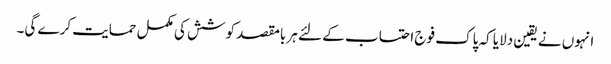
انہوں نے یقین دلایا کہ پاک فوج احتساب کے لئے ہر بامقصد کوشش کی مکمل حمایت کرے گی۔